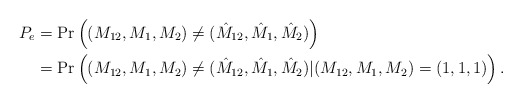
\begin{align*}P_e&=\Pr\left((M_{12},M_1,M_2)\neq(\hat{M}_{12},\hat{M}_1,\hat{M}_2)\right)\\&=\Pr\left((M_{12},M_1,M_2)\neq(\hat{M}_{12},\hat{M}_1,\hat{M}_2)|(M_{12},M_1,M_2)=(1,1,1)\right).\end{align*}